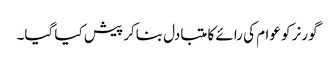
گورنر کو عوام کی رائے کا متبادل بناکر پیش کیا گیا۔